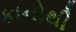
કાનોથી